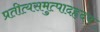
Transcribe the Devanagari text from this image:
प्रतीत्यसमुत्पादहृदय